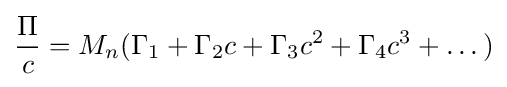
{\Pi  \over c}=M_{n}(\Gamma _{1}+\Gamma _{2}c+\Gamma _{3}c^{2}+\Gamma _{4}c^{3}+\dots )